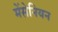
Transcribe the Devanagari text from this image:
मेंसेनियन